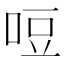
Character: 哣